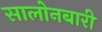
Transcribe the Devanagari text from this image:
सालोनबारी